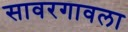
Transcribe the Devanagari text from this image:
सावरगावला